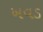
ખવડ